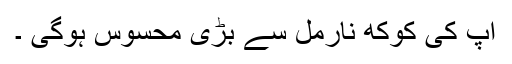
آپ کی کوکھ نارمل سے بڑی محسوس ہوگی ۔